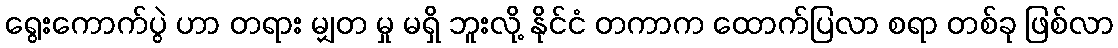
ရွေးကောက်ပွဲ ဟာ တရား မျှတ မှု မရှိ ဘူးလို့ နိုင်ငံ တကာက ထောက်ပြလာ စရာ တစ်ခု ဖြစ်လာ